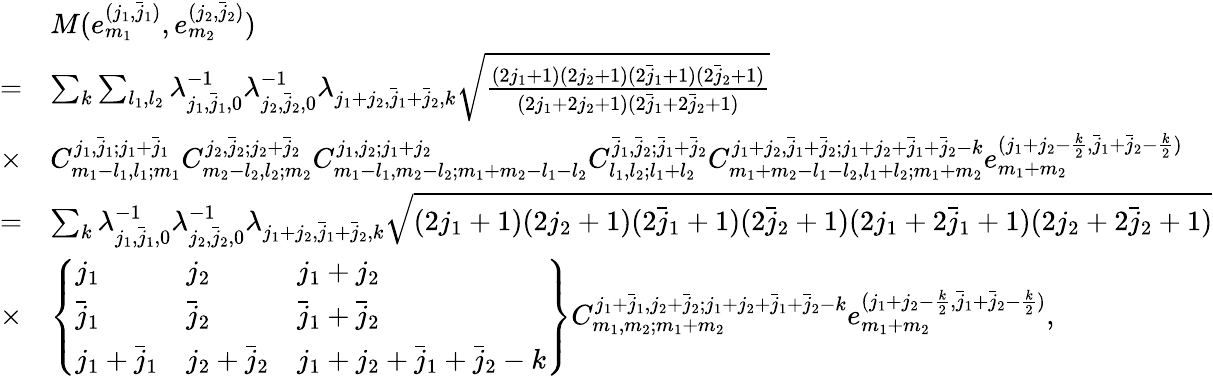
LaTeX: \begin{array}{rl}&{M(e_{m_{1}}^{(j_{1},\bar{j}_{1})},e_{m_{2}}^{(j_{2},\bar{j}_{2})})}\\ {=}&{\sum_{k}\sum_{l_{1},l_{2}}\lambda_{j_{1},\bar{j}_{1},0}^{-1}\lambda_{j_{2},\bar{j}_{2},0}^{-1}\lambda_{j_{1}+j_{2},\bar{j}_{1}+\bar{j}_{2},k}\sqrt{\frac{(2j_{1}+1)(2j_{2}+1)(2\bar{j}_{1}+1)(2\bar{j}_{2}+1)}{(2j_{1}+2j_{2}+1)(2\bar{j}_{1}+2\bar{j}_{2}+1)}}}\\ {\times}&{C_{m_{1}-l_{1},l_{1};m_{1}}^{j_{1},\bar{j}_{1};j_{1}+\bar{j}_{1}}C_{m_{2}-l_{2},l_{2};m_{2}}^{j_{2},\bar{j}_{2};j_{2}+\bar{j}_{2}}C_{m_{1}-l_{1},m_{2}-l_{2};m_{1}+m_{2}-l_{1}-l_{2}}^{j_{1},j_{2};j_{1}+j_{2}}C_{l_{1},l_{2};l_{1}+l_{2}}^{\bar{j}_{1},\bar{j}_{2};\bar{j}_{1}+\bar{j}_{2}}C_{m_{1}+m_{2}-l_{1}-l_{2},l_{1}+l_{2};m_{1}+m_{2}}^{j_{1}+j_{2},\bar{j}_{1}+\bar{j}_{2};j_{1}+j_{2}+\bar{j}_{1}+\bar{j}_{2}-k}e_{m_{1}+m_{2}}^{(j_{1}+j_{2}-\frac{k}{2},\bar{j}_{1}+\bar{j}_{2}-\frac{k}{2})}}\\ {=}&{\sum_{k}\lambda_{j_{1},\bar{j}_{1},0}^{-1}\lambda_{j_{2},\bar{j}_{2},0}^{-1}\lambda_{j_{1}+j_{2},\bar{j}_{1}+\bar{j}_{2},k}\sqrt{(2j_{1}+1)(2j_{2}+1)(2\bar{j}_{1}+1)(2\bar{j}_{2}+1)(2j_{1}+2\bar{j}_{1}+1)(2j_{2}+2\bar{j}_{2}+1)}}\\ {\times}&{\left\{ \begin{array}{lll}{j_{1}}&{j_{2}}&{j_{1}+j_{2}}\\ {\bar{j}_{1}}&{\bar{j}_{2}}&{\bar{j}_{1}+\bar{j}_{2}}\\ {j_{1}+\bar{j}_{1}}&{j_{2}+\bar{j}_{2}}&{j_{1}+j_{2}+\bar{j}_{1}+\bar{j}_{2}-k}\end{array}\right\} C_{m_{1},m_{2};m_{1}+m_{2}}^{j_{1}+\bar{j}_{1},j_{2}+\bar{j}_{2};j_{1}+j_{2}+\bar{j}_{1}+\bar{j}_{2}-k}e_{m_{1}+m_{2}}^{(j_{1}+j_{2}-\frac{k}{2},\bar{j}_{1}+\bar{j}_{2}-\frac{k}{2})},}\end{array}